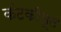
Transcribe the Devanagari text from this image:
कंटकीभूत